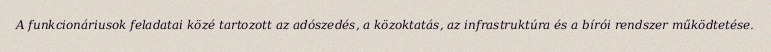
A funkcionáriusok feladatai közé tartozott az adószedés, a közoktatás, az infrastruktúra és a bírói rendszer működtetése.